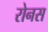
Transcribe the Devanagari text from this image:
रोनस